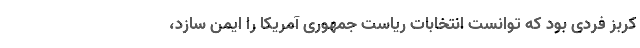
کربز فردی بود که توانست انتخابات ریاست جمهوری آمریکا را ایمن سازد،